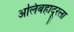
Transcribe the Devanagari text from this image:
अलिबहादूरला